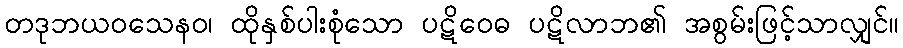
တဒုဘယဝသေနဝ၊ ထိုနှစ်ပါးစုံသော ပဋိဝေဓ ပဋိလာဘ၏ အစွမ်းဖြင့်သာလျှင်။